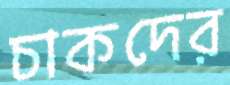
চাকদের